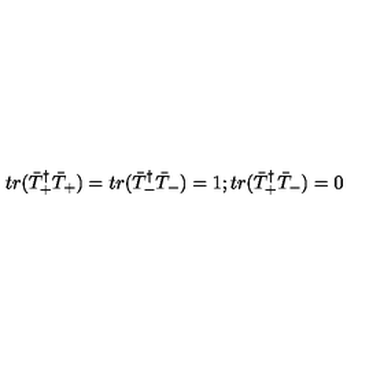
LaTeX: t r ( \bar { T } _ { + } ^ { \dagger } \bar { T } _ { + } ) = t r ( \bar { T } _ { - } ^ { \dagger } \bar { T } _ { - } ) = 1 ; t r ( \bar { T } _ { + } ^ { \dagger } \bar { T } _ { - } ) = 0